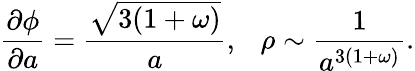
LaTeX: \frac{\partial\phi}{\partial a}=\frac{\sqrt{3(1+\omega)}}{a},~~~\rho\sim\frac{1}{a^{3(1+\omega)}}.